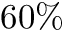
6 0 \%